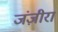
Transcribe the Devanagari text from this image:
जंज़ीरा